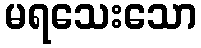
မရသေးသော